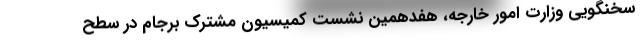
سخنگویی وزارت امور خارجه،‌ هفدهمین نشست کمیسیون مشترک برجام در سطح